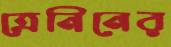
ত্রেনিনের